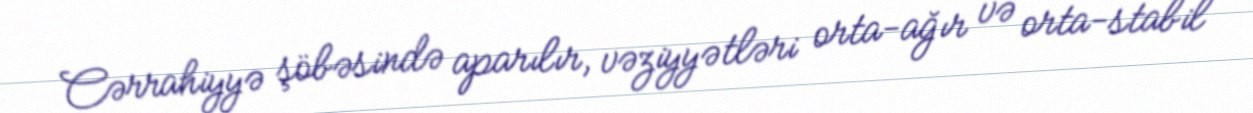
Cərrahiyyə şöbəsində aparılır, vəziyyətləri orta-ağır və orta-stabil